65_HS1-834228961_62-HQ-83894_Section_5
Agency: FBI
Page 186
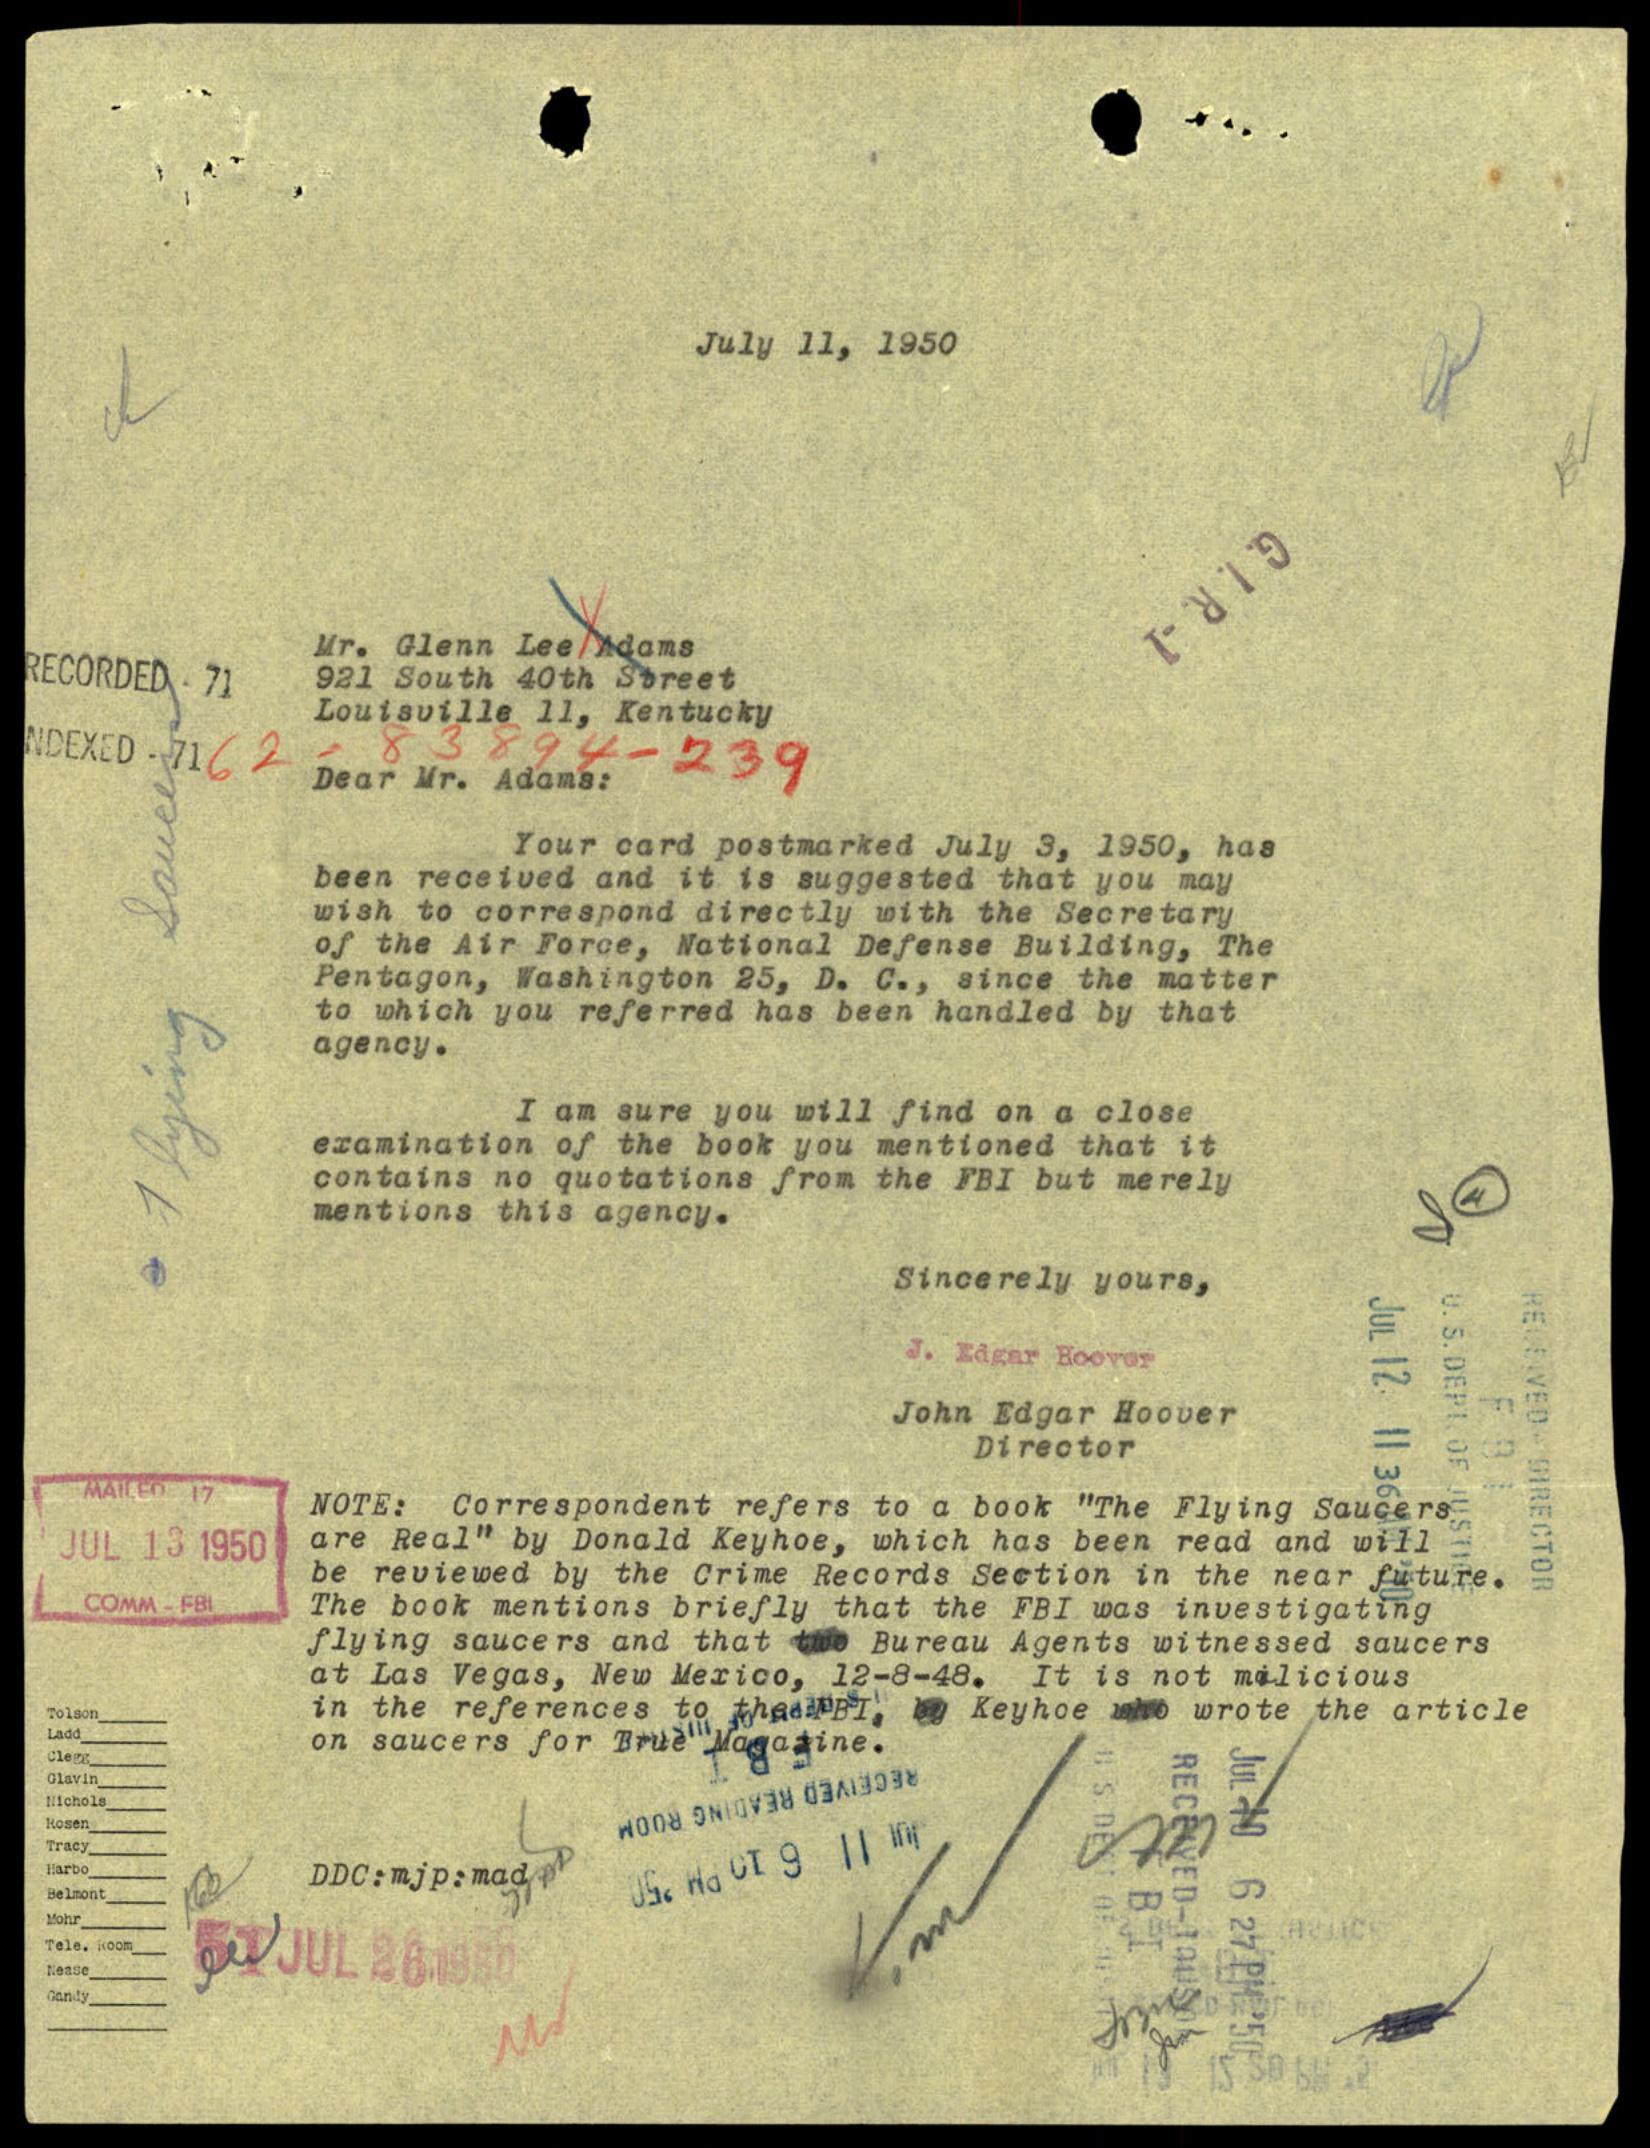